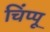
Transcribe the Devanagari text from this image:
चिंप्पू